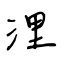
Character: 浬